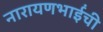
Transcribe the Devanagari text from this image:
नारायणभाईंची